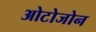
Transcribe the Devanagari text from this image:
ओटोजोन